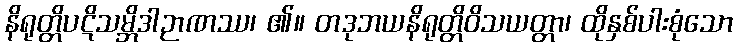
နိရုတ္တိပဋိသမ္ဘိဒါဉာဏဿ၊ ၏။ တဒုဘယနိရုတ္တိဝိသယတ္တာ၊ ထိုနှစ်ပါးစုံသော